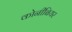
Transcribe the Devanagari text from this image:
कोनीबियर